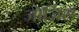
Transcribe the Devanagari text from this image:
जॉर्जिस